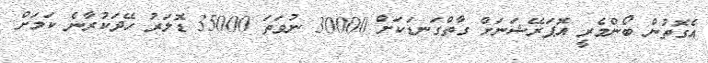
އެގޮތުން ބޯންމެރީ އޮޕަރޭޝަނަށް ގާތްގަނޑަކަށް 30000 ނުވަތަ 35000 ޑޮލަރު ހޭދަކުރާނެ ކަމަށް